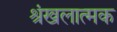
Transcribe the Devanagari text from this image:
श्रंखलात्मक